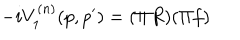
LaTeX: - i V _ { 1 } ^ { ( n ) } ( p , p ^ { \prime } ) = ( \Pi R ) ( \Pi f )